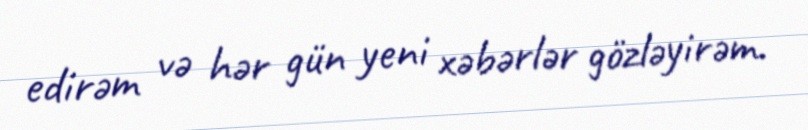
edirəm və hər gün yeni xəbərlər gözləyirəm.